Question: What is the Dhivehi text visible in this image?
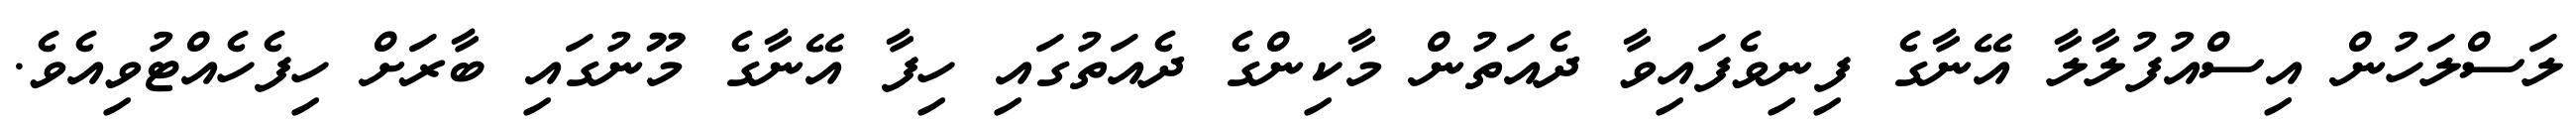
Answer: ލަސްލަހުން އިސްއުފުލާލާ އޭނާގެ ފިނިވެފައިވާ ދެއަތުން މާކިންގެ ދެއަތުގައި ހިފާ އޭނާގެ މޫނުގައި ބާރަށް ހިފެހެއްޓުވިއެވެ.